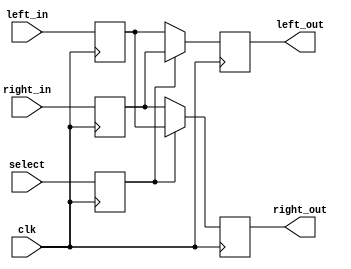
module basic_switch_ff(clk, left_in, right_in, left_out, right_out, select);
    parameter WIDTH = 64;
    input clk;
    input [WIDTH-1:0] left_in, right_in;
    (* KEEP = "TRUE" *) output reg [WIDTH-1:0] left_out, right_out;
    input select;

    (* KEEP = "TRUE" *) reg [WIDTH-1:0] left_in_r, right_in_r;
    reg select_r;
    always @(posedge clk) begin
        select_r <= select;
        right_in_r <= right_in;
        left_in_r <= left_in;
        left_out <= select_r ? right_in_r : left_in_r;
        right_out <= select_r ? left_in_r : right_in_r;
    end
endmodule